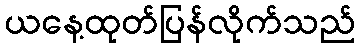
ယနေ့ထုတ်ပြန်လိုက်သည်